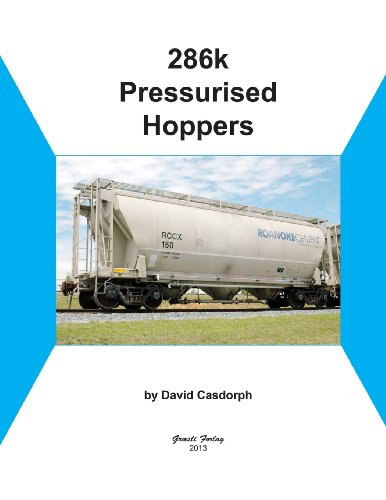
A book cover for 286k Pressurised Hoppers; David Casdorph; Engineering & Transportation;